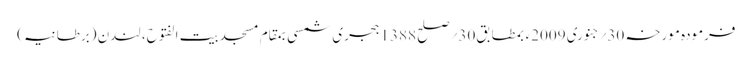
فرمودہ مورخہ 30؍جنوری 2009ء بمطابق30؍صلح 1388 ہجری شمسی بمقام مسجد بیت الفتوح، لندن (برطانیہ)